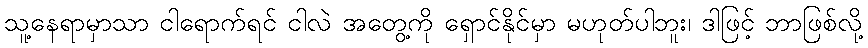
သူ့နေရာမှာသာ ငါရောက်ရင် ငါလဲ အတွေ့ကို ရှောင်နိုင်မှာ မဟုတ်ပါဘူး၊ ဒါဖြင့် ဘာဖြစ်လို့